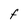
Character: F